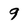
Character: 9